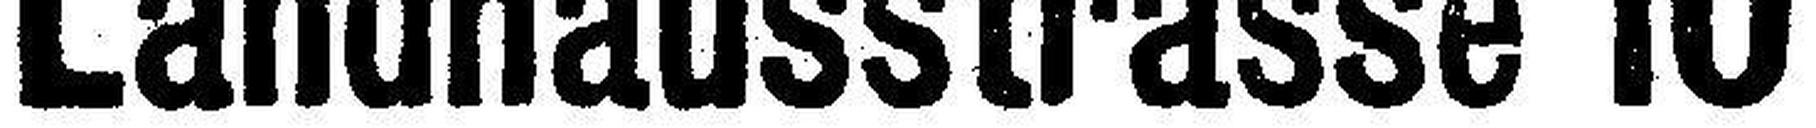
Landhausstrasse 10